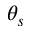
\theta _ { s }